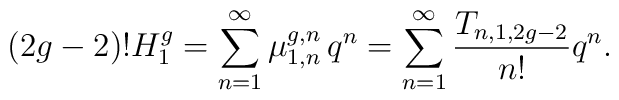
(2g-2)! H^g_1 = \sum^\infty_{n=1} \mu^{g,n}_{1,n}\, q^n =\sum^\infty_{n=1}\frac{T_{n,1,2g-2}}{n!} q^n .